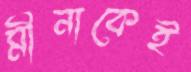
মীনাকেই